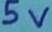
Text: 5v